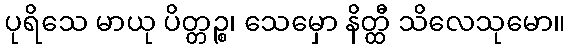
ပုရိသေ မာယု ပိတ္တဉ္စ၊ သေမှော နိတ္ထီ သိလေသုမော။